Leprosy in India: report of the Leprosy Commission in India, 1890-91
Year: 1890
Disease focus: Leprosy
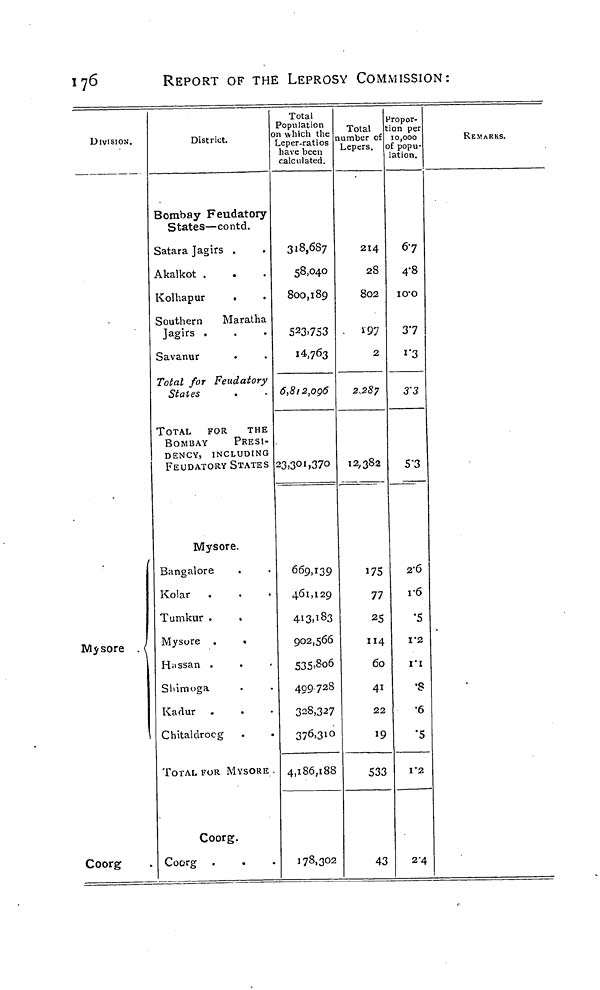
176
REPORT OF THE LEPROSY COMMISSION:
DIVISION.
Mysore . (
Coorg
District.
Bombay Feudatory
States—contd.
Satara Jagirs .
Akalkot .
Kolhapur
•
Southern
Maratha
Jagirs .
Savanur
Total for Feudatory
States
TOTAL
FOR
THE
BOMBAY
PRESI-
DENCY, INCLUDING
FEUDATORY STATES
Mysore.
Bangalore
Kolar
.
Tumkur .
Mysore .
.
HUissan .
Shimoga
Kadur .
.
Chitaldrocg
TOTAL FOR MYSORE .
Coorg.
Coorg .
Total
Population
on which the
Leper-ratios
have been
calculated.
3i8,6S 7
58,040
800,189
S23.7S3
14,763
6,8i2,og6
23>3 OI .37O
669,139
461,129
4i3> l8 3
902,566
535=8o6
409 728
328,327
376,31°4
,186,188
178,302
Total
number of
Lepers.
214
28
8O2
• 197
2
2,287
12,382
175
77
25
114
60
4i
22
19
533
43
J ropor-
ion per
10,000
of popu-
lation.
67
4-8
io-o
37
1 "3
3'3
5-3
2-6
r6
•5
V2
1*1
•s
•6
•5
T2
2-4
REMARKS.